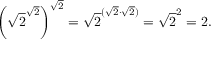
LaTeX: \left( { \sqrt { 2 } } ^ { \sqrt { 2 } } \right) ^ { \sqrt { 2 } } = { \sqrt { 2 } } ^ { ( { \sqrt { 2 } } \cdot { \sqrt { 2 } } ) } = { \sqrt { 2 } } ^ { 2 } = 2 .